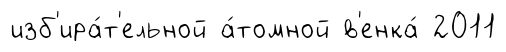
изб'ира́т'ельной а́томной в'енка́ 2011